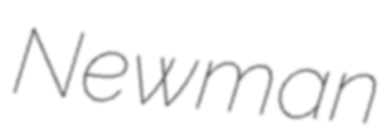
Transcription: Newman